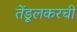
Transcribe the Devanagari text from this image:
तेंडूलकरची